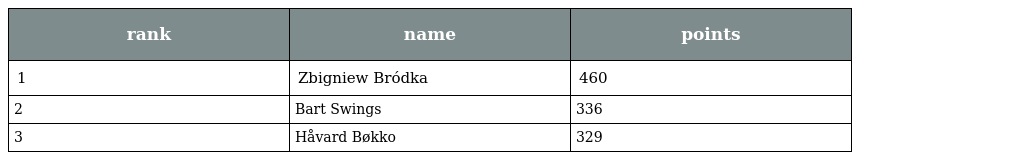
| rank | name | points |
 | --- | --- | --- |
 | 1 | Zbigniew Bródka | 460 |
 | 2 | Bart Swings | 336 |
 | 3 | Håvard Bøkko | 329 |